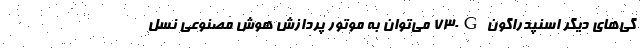
گی‌های دیگر اسنپدراگون 730G می‌توان به موتور پردازش هوش مصنوعی نسل